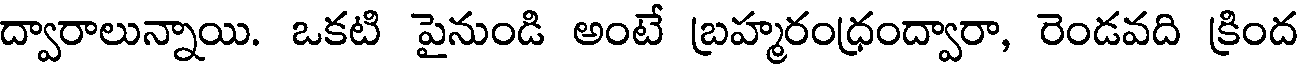
ద్వారాలున్నాయి. ఒకటి పైనుండి అంటే బ్రహ్మరంధ్రంద్వారా, రెండవది క్రింద